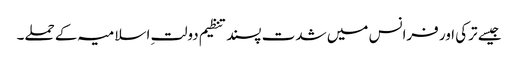
جیسے ترکی اور فرانس میں شدت پسند تنظیم دولتِ اسلامیہ کے حملے۔